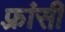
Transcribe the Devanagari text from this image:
फ़्रांसी